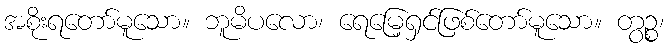
အစိုးရတော်မူသော။ ဘူမိပလော၊ ရေမြေ့ရှင်ဖြစ်တော်မူသော။ တွဉ္စ၊